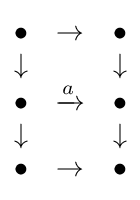
{\begin{matrix}\bullet &\to &\bullet \\\downarrow &&\downarrow \\\bullet &\xrightarrow {a} &\bullet \\\downarrow &&\downarrow \\\bullet &\to &\bullet \end{matrix}}